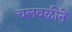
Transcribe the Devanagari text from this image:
चलवळीने